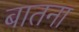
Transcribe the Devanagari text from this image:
बातना